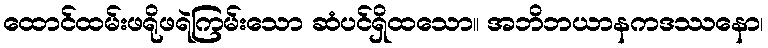
ထောင်ထမ်းဖရိုဖရဲကြမ်းသော ဆံပင်ရှိထသော။ အဘိဘယာနကဒဿနော၊